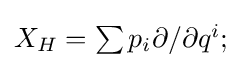
{\textstyle X_{H}=\sum p_{i}\partial /\partial q^{i};}